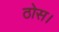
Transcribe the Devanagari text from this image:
ठोस।